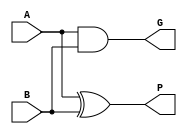
/*
    Assignment   :  5
    Problem      :  1
    Semester     :  Autumn 2020
    Group        :  G9
    Members      :  Akshat Shukla(18CS10002)
                    Animesh Barua(18CS10003)
*/
module bit1FA (A,B,P,G);        //1 bit full-adder
    input A,B;
    output P,G;
    and o1 (G,A,B);
    xor o2 (P,A,B);
endmodule

module bit4CLA (P,G,Cin,Cout);  //4 bit look-ahead block
    input [3:0] P,G;
    input Cin;
    output [4:1] Cout;
    assign Cout[1]=G[0] | (P[0]&Cin);
	assign Cout[2]=G[1] | (P[1]&G[0]) | (P[1]&P[0]&Cin);
	assign Cout[3]=G[2] | (P[2]&G[1]) | (P[2]&P[1]&G[0]) | (P[2]&P[1]&P[0]&Cin);
	assign Cout[4]=G[3] | (P[3]&G[2]) | (P[3]&P[2]&G[1]) | (P[3]&P[2]&P[1]&G[0]) | (P[3]&P[2]&P[1]&P[0]&Cin);
endmodule

module cla (A,B,S,Cin,Cout);    //4 bit carry look-ahead adder
    input [3:0] A,B;
    input Cin;
    output [3:0] S;
    wire [4:1] C;
    output Cout;
    wire [3:0] P,G;
    bit1FA one (A[0],B[0],P[0],G[0]);
    bit1FA two (A[1],B[1],P[1],G[1]);
    bit1FA three (A[2],B[2],P[2],G[2]);
    bit1FA four (A[3],B[3],P[3],G[3]);
    bit4CLA box(P,G,Cin,C);
    assign S[0]=P[0]^Cin;
    assign S[1]=P[1]^C[1];
    assign S[2]=P[2]^C[2];
    assign S[3]=P[3]^C[3];
    assign Cout=C[4];

endmodule

module DM74LS181(a, b, select, mode, cin, cout, f); //implementation of IC DM74LS181

    input [3:0] a, b, select;       //input output ports
    input mode, cin;
    output reg cout;
    output reg [3:0] f;

    wire carry_in, carry_out;       //actual calue of carry in and carry out
    wire[3:0] not_a, not_b;         // wires storing not of A and not of B
    reg[3:0] operand0, operand1;    //operands to calculate sum of
    wire[3:0] sum_out;              //sum of operand0 and operand1 at any instance
    wire sum_cout;                  //carry out of adder with operands
    wire[3:0] minus_1;              //wire storing -1 in 2s complement

    assign carry_in = !cin;         //assigining values to constant supportive wires
    assign not_a = ~a;
    assign not_b = ~b;
    assign minus_1 = 15;

    cla adder(.A(operand0), .B(operand1), .Cin(carry_in), .Cout(sum_cout), .S(sum_out));    //look-ahead adder instance

    always @ (*) begin              //implemented functions of IC from the datasheet

        if(mode) begin

            if(select == 4'b0000)
                f = not_a;
            else if(select == 4'b0001)
                f = (not_a | not_b);
            else if(select == 4'b0010)
                f = (not_a & b);
            else if(select == 4'b0011)
                f = 0;
            else if(select == 4'b0100)
                f = ~(a & b);
            else if(select == 4'b0101)
                f = not_b;
            else if(select == 4'b0110)
                f = (a ^ b);
            else if(select == 4'b0111)
                f = (a & not_b);
            else if(select == 4'b1000)
                f = (not_a | b);
            else if(select == 4'b1001)
                f = (not_a ^ not_b);
            else if(select == 4'b1010)
                f = b;
            else if(select == 4'b1011)
                f = (a & b);
            else if(select == 4'b1100)
                f = 1;
            else if(select == 4'b1101)
                f = (a | not_b);
            else if(select == 4'b1110)
                f = (a | b);
            else if(select == 4'b1111)
                f = a;

        end
        else begin              //arithmetic functions for mode = 0
                                //used adder instance above and changed input to it to find sum wherever required
            if(select == 4'b0000) begin
                operand0 = a;
                operand1 = 0;
            end
            if(select == 4'b0001) begin
                operand0 = a|b;
                operand1 = 0;
            end
            if(select == 4'b0010) begin
                operand0 = a|not_b;
                operand1 = 0;
            end
            if(select == 4'b0011) begin
                operand0 = minus_1;
                operand1 = 0;
            end
            if(select == 4'b0100) begin
                operand0 = a;
                operand1 = a&not_b;
            end
            if(select == 4'b0101) begin
                operand0 = (a|b);
                operand1 = (a&not_b);
            end
            if(select == 4'b0110) begin
                operand0 = a;
                operand1 = not_b;
            end
            if(select == 4'b0111) begin
                operand0 = (a&b);
                operand1 = minus_1;
            end
            if(select == 4'b1000) begin
                operand0 = a;
                operand1 = (a&b);
            end
            if(select == 4'b1001) begin
                operand0 = a;
                operand1 = b;
            end
            if(select == 4'b1010) begin
                operand0 = (a|not_b);
                operand1 = (a&b);
            end
            if(select == 4'b1011) begin
                operand0 = (a&b);
                operand1 = minus_1;
            end
            if(select == 4'b1100) begin
                operand0 = a;
                operand1 = a;
            end
            if(select == 4'b1101) begin
                operand0 = (a|b);
                operand1 = a;
                f = sum_out;
                cout = !sum_cout;
            end
            if(select == 4'b1110) begin
                operand0 = (a|not_b);
                operand1 = a;
            end
            if(select == 4'b1111) begin
                operand0 = a;
                operand1 = minus_1;
            end

            f = sum_out;
            cout = !sum_cout;           //carry is the negation of actual carry produced

        end

    end

endmodule